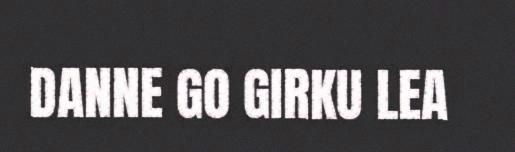
DANNE GO GIRKU LEA